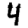
Digit: 4